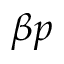
\beta p